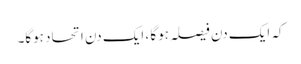
کہ ایک دن فیصلہ ہوگا ، ایک دن اتحاد ہوگا۔